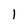
Character: 1